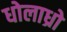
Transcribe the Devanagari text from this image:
धोलाध्रो